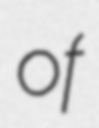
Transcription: of